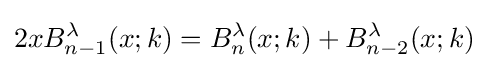
2xB_{n-1}^{\lambda }(x;k)=B_{n}^{\lambda }(x;k)+B_{n-2}^{\lambda }(x;k)